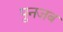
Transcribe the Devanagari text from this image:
पुनजब